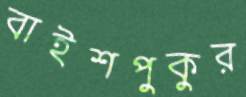
বাইশপুকুর